Leaving Certificate Examination (including Day School Certificate (Higher) General paper), 1928
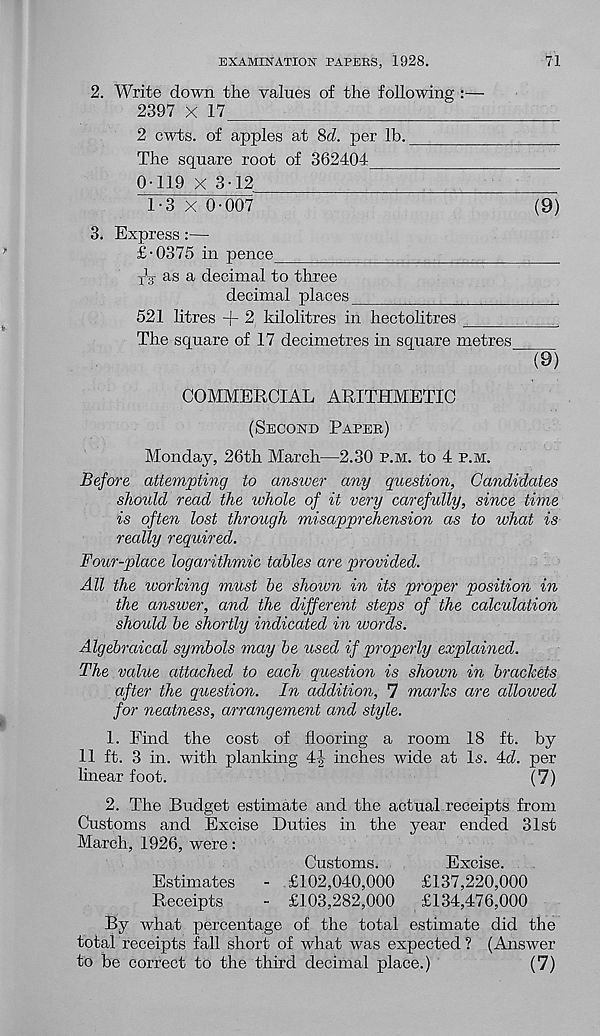
EXAMINATION PAPERS, 1928.
71
2. Write down the values of the following :—
2397 x 17
2 cwts. of apples at 8d. per lb.
The square root of 362404
0-119 X 3■ 12
1-3 x 0-007
(9)
3. Express:—
£-0375 in pence
T V as a decimal to three
decimal places
521 litres + 2 kilolitres in hectolitres
.
The square of 17 decimetres in square metres
(9)
COMMERCIAL ARITHMETIC
(Second Paper)
Monday, 26th March—2.30 p.m. to 4 p.m.
Before attempting to answer any question, Candidates
should read the whole of it very carefully, since time
is often lost through misapprehension as to what is
really required.
Four-place logarithmic tables are provided.
All the working must be shown in its proper position in
the answer, and the different steps of the calculation
should be shortly indicated in words.
Algebraical symbols may be used if properly explained.
The value attached to each question is shoum in brackets
after the question. In addition, 7 marks are allowed
for neatness, arrangement and style.
1. Find the cost of flooring a room 18 ft. by
11 ft. 3 in. with planking 4|- inches wide at Is. 4d. per
linear foot.
(7)
2. The Budget estimate and the actual receipts from
Customs and Excise Duties in the year ended 31st
March, 1926, were:
Customs.
Excise.
Estimates
- £102,040,000
£137,220,000
Receipts
- £103,282,000
£134,476,000
By what percentage of the total estimate did the
total receipts fall short of what was expected? (Answer
to be correct to the third decimal place.)
(7)